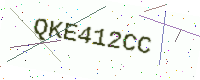
Text: QKE412CC